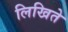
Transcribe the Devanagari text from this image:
लिखिते